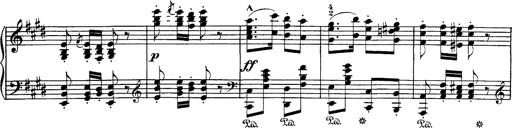
Title: Hungarian Rhapsody No.1
Composer: Franz Liszt
Key: C-sharp minor